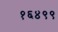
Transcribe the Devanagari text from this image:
१६४९९